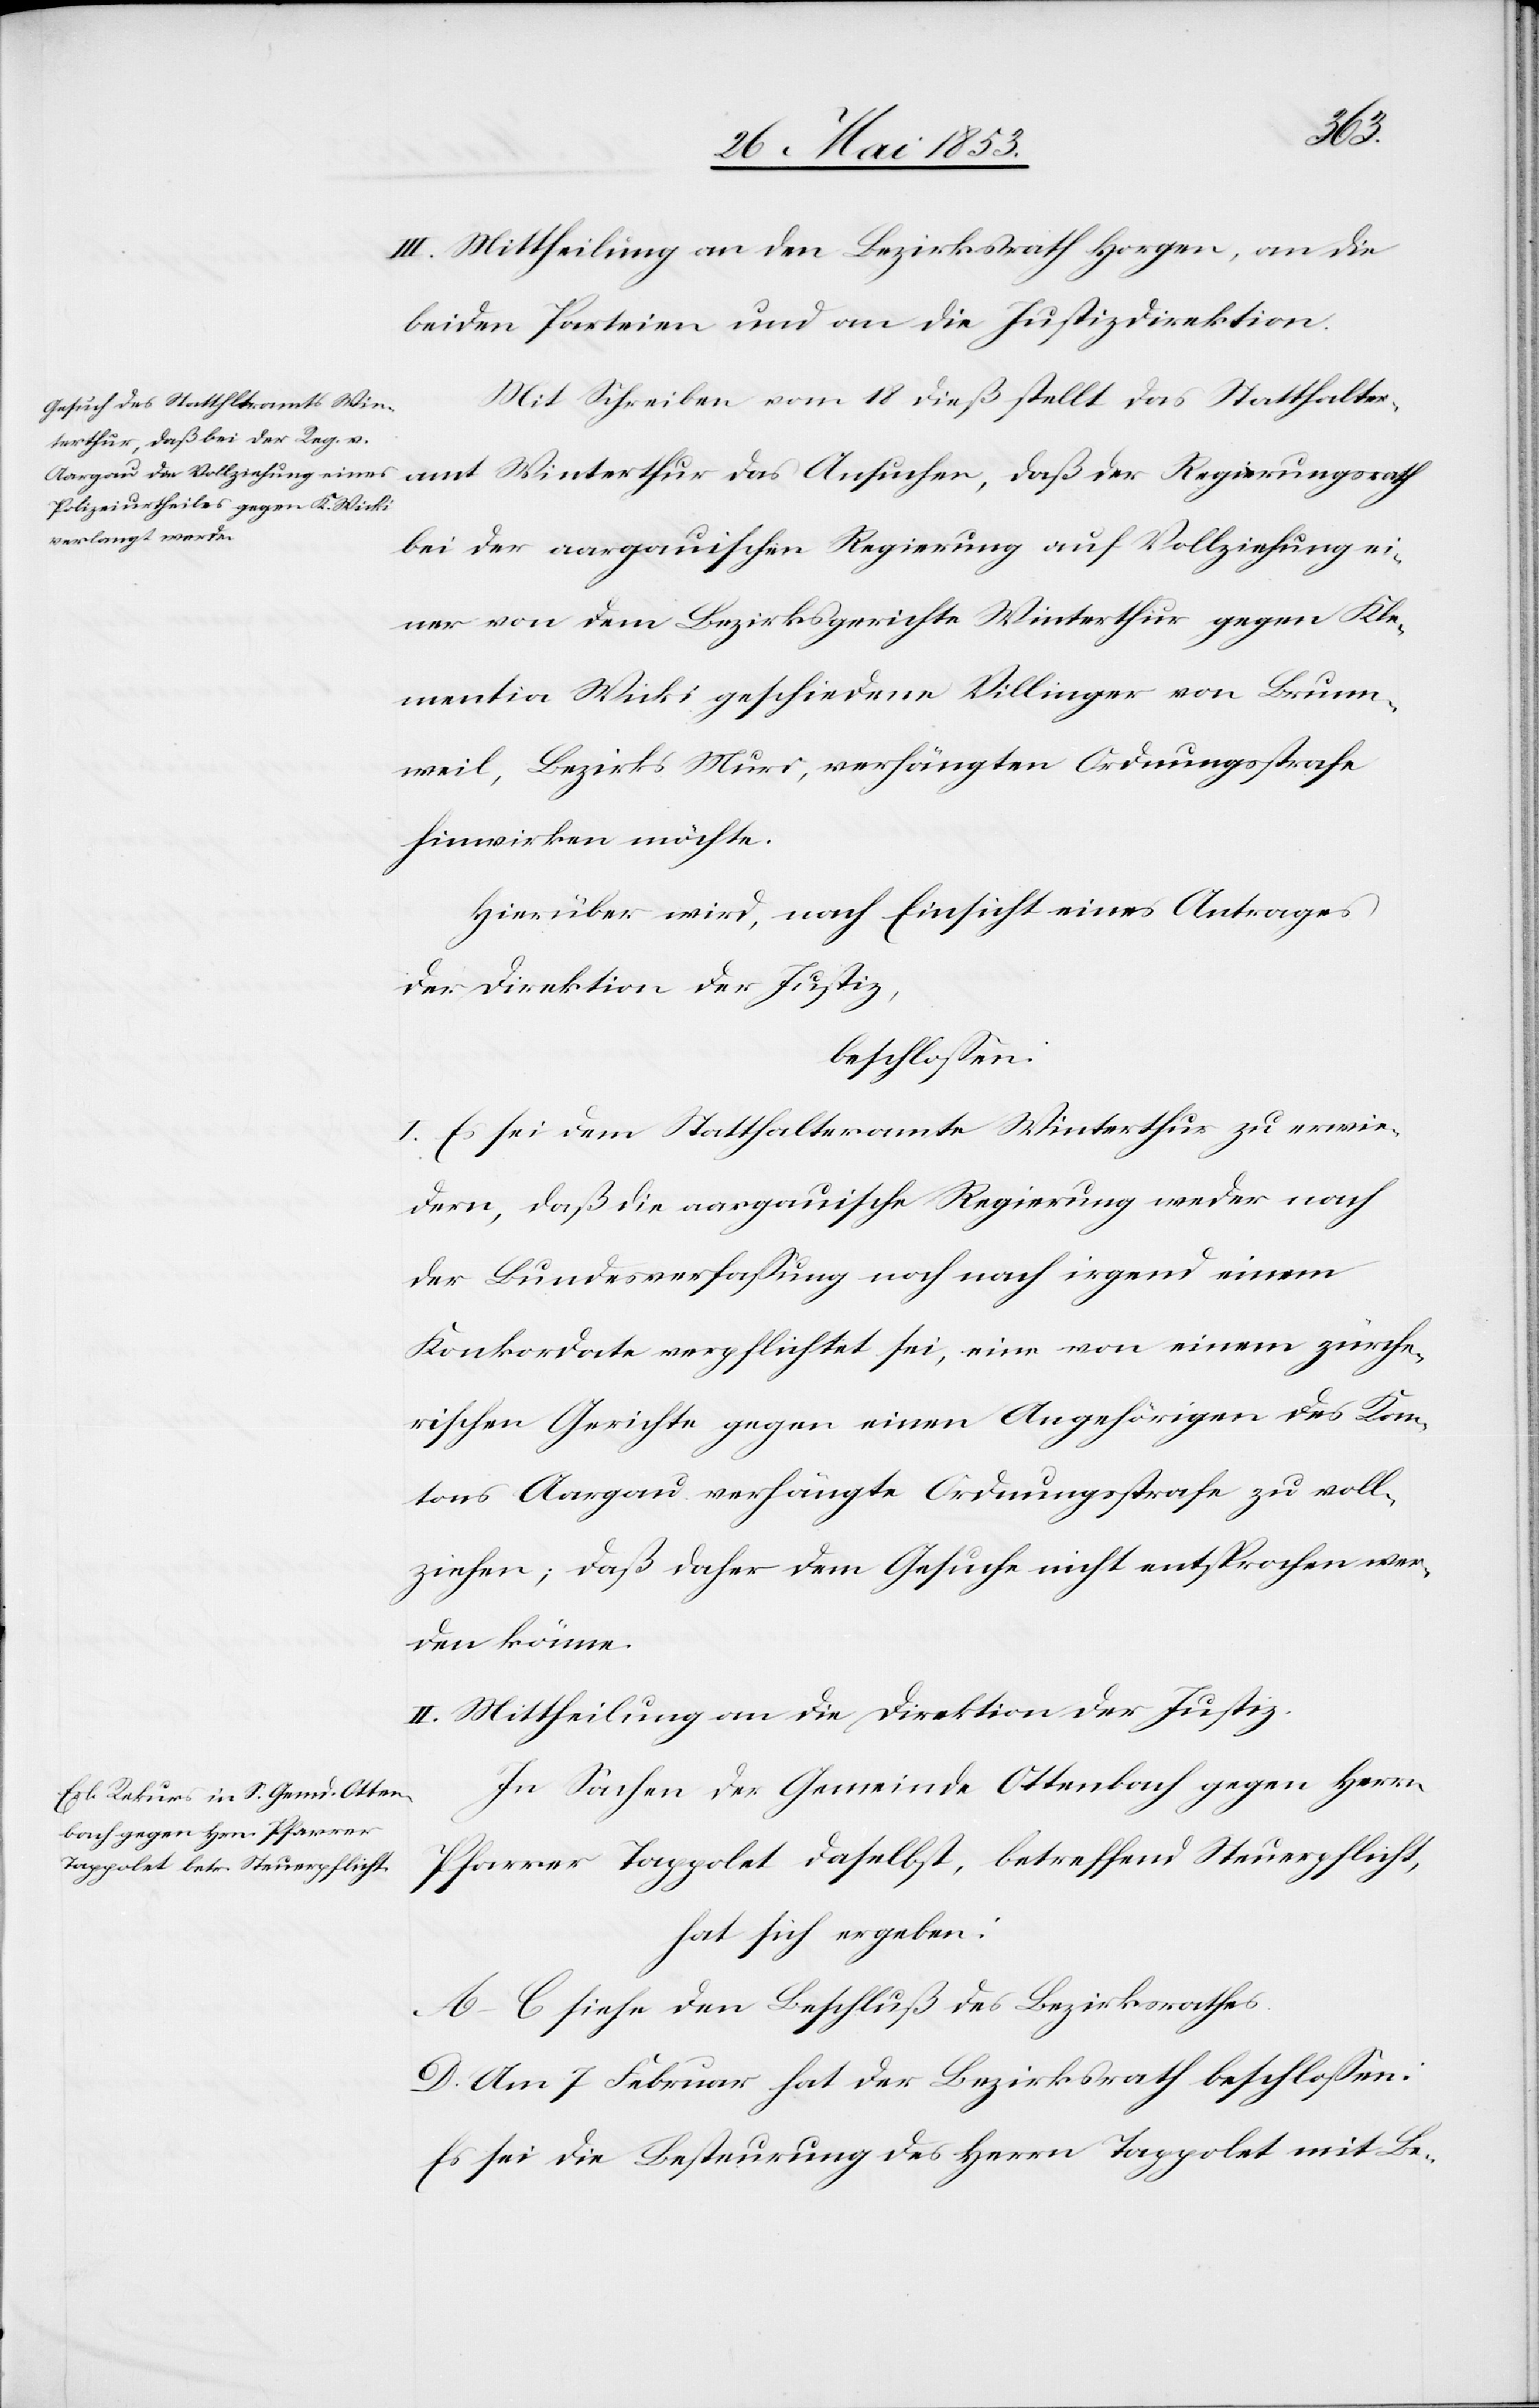
III. Mittheilung an den Bezirksrath Horgen, an die
beiden Parteien und an die Justizdirektion.
Mit Schreiben vom 18 dieß stellt das Statthalteramt
bei der aargauischen Regierung auf Vollziehung ei¬
ner von dem Bezirksgerichte Winterthur gegen Kle¬
mentia Wicki geschiedene Villinger von Brunn¬
weil, Bezirk Muri, verhängten Ordnungsstrafe
hinwirken möchte.
Hierüber wird, nach Einsicht eines Antrages
der Direktion der Justiz,
beschloßen:
I. Es sei dem Statthalteramte Winterthur zu erwie¬
dern, daß die aargauische Regierung weder nach
der Bundesverfaßung noch nach irgend einem
Konkordate verpflichtet sei, eine von einem zürche¬
rischen Gerichte gegen einen Angehörigen des Kan¬
tons Aargau verhängte Ordnungsstrafe zu voll¬
ziehen; daß daher dem Gesuche nicht entsprochen wer¬
den könne.
II. Mittheilung an die Direktion der Justiz.
In Sachen der Gemeinde Ottenbach gegen Herrn
Pfarrer Tappolet daselbst, betreffend Steuerpflicht,
hat sich ergeben:
A–C. siehe den Beschluß des Bezirksrathes.
D. Am 7. Februar hat der Bezirksrath beschloßen:
Es sei die Besteuerung des Herrn Tappolet mit Be-